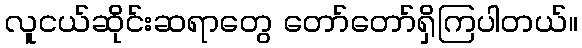
လူငယ်ဆိုင်းဆရာတွေ တော်တော်ရှိကြပါတယ်။